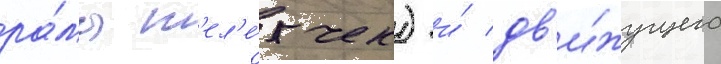
ра́мы т'ел'е́жек) и́ дв'и́жущего